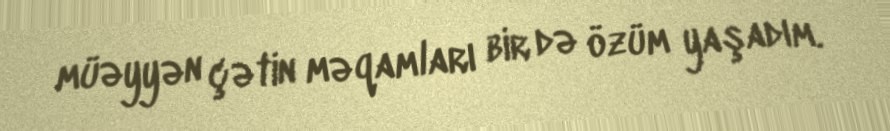
müəyyən çətin məqamları bir də özüm yaşadım.